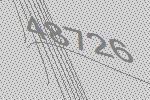
48726